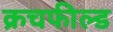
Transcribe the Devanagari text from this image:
क्रचफील्ड